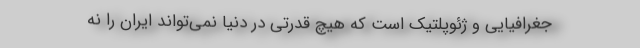
جغرافیایی و ژئوپلتیک است که هیچ قدرتی در دنیا نمی‌تواند ایران را نه